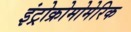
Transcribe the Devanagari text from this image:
इंट्रोक्रोमोमेरिक